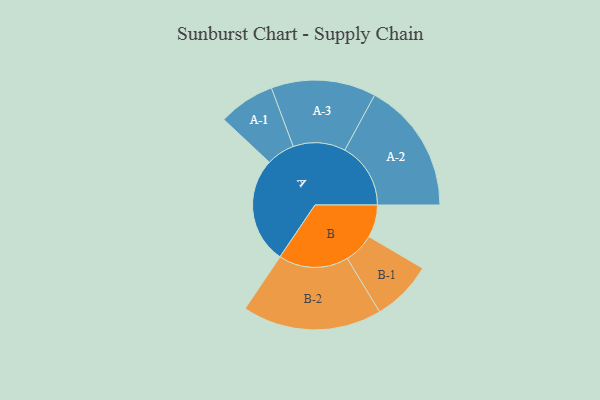
{"axis": {"x": "Segment", "y": "Value"}, "legend": ["", "A", "B"], "data": [{"x": "A", "y": 401, "type": ""}, {"x": "B", "y": 123, "type": ""}, {"x": "A-1", "y": 107, "type": "A"}, {"x": "A-2", "y": 249, "type": "A"}, {"x": "A-3", "y": 198, "type": "A"}, {"x": "B-1", "y": 115, "type": "B"}, {"x": "B-2", "y": 264, "type": "B"}]}